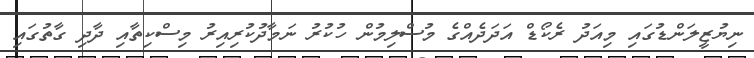
ނިޔުޒީލަންޑުގައި މިއަދު ރެކޯޑް އަދަދެއްގެ މުސްލިމުން ހުކުރު ނަމާދުކުރިއިރު މިސްކިތާއި ދާދި ގާތުގައި